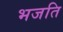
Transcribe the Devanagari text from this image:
भजति